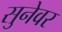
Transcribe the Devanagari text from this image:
सुनेवर